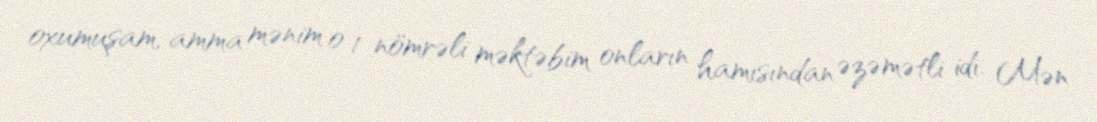
oxumuşam, amma mənim o 1 nömrəli məktəbim onların hamısından əzəmətli idi. Mən